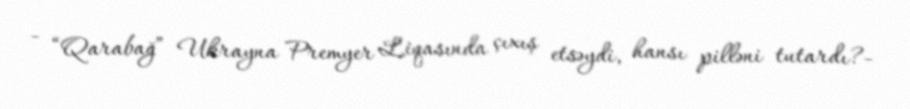
- “Qarabağ” Ukrayna Premyer Liqasında çıxış etsəydi, hansı pilləni tutardı?-